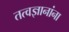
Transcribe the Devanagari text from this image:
तत्वज्ञानांना